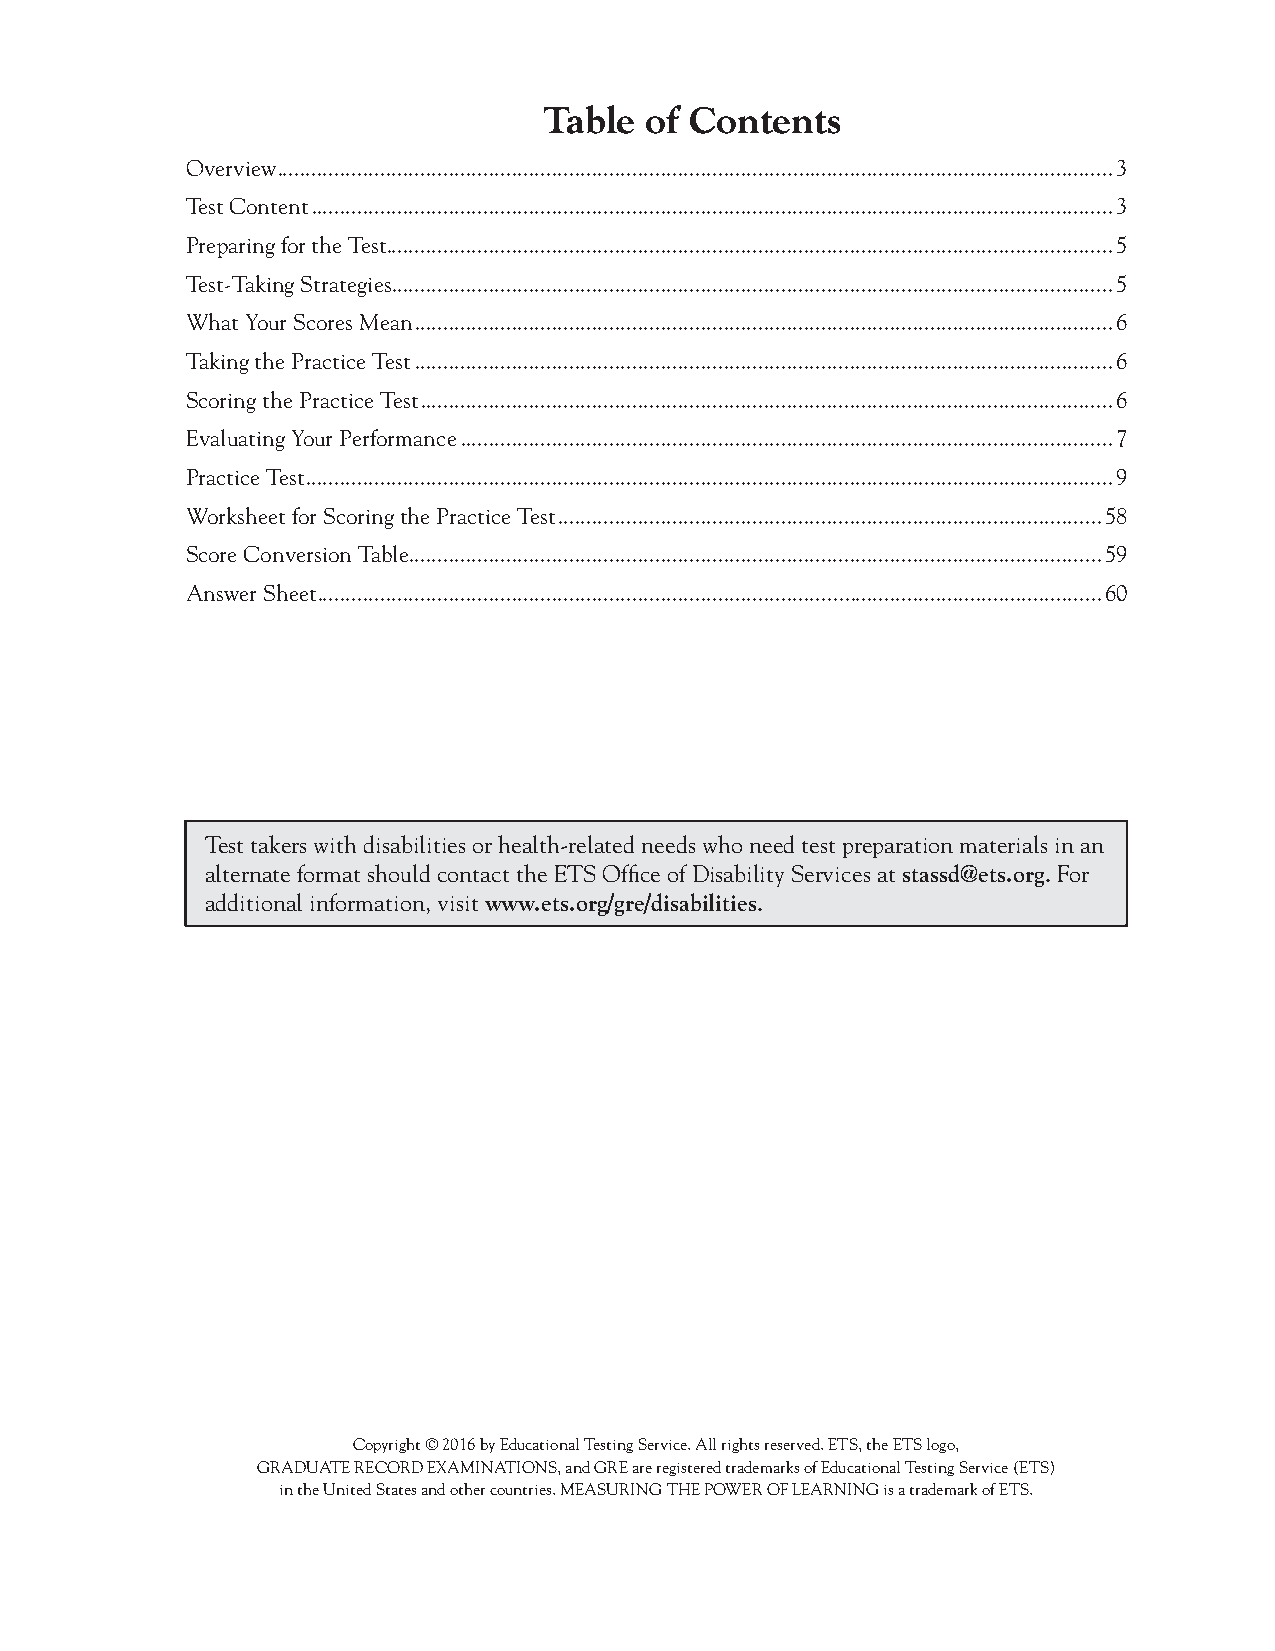
Table  of Contents
 Overview ..................................................................................................................................................3
 Test Content ............................................................................................................................................3
 Preparing for the Test ...............................................................................................................................5
 Test-Taking Strategies ..............................................................................................................................5
 What Your Scores Mean ..........................................................................................................................6
 Taking the Practice Test ..........................................................................................................................6
 Scoring the Practice Test .........................................................................................................................6
 Evaluating Your Performance ..................................................................................................................7
 Practice Test .............................................................................................................................................9
 Worksheet for Scoring the Practice Test ...............................................................................................58
 Score Conversion Table .........................................................................................................................59
 Answer Sheet .........................................................................................................................................60
 Test takers with disabilities or health-related needs who need test preparation materials in an
 alternate format should contact the ETS Office of Disability Services at stassd@ets.org. For
 additional information, visit www.ets.org/gre/disabilities.
 Copyright © 2016 by Educational Testing Service. All rights reserved. ETS, the ETS logo,
 GRADUATE RECORD EXAMINATIONS, and GRE are registered trademarks of Educational Testing Service (ETS)
 in the United States and other countries. MEASURING THE POWER OF LEARNING is a trademark of ETS.
 007884-72507 GRE Biochemistry Test Practice Book • Dr01 4/17/08 ta • Dr02 5/7/08 ta • Dr03 5/20/08 ta • [NEW 108353] • CS6 • Dr01 5/1/15 jw • Dr02
 6/1/15 jw • Dr03 6/11/15 jw • Dr03 int1 6/15/15 jw • Dr04 6/22/15 jw • [New Job] 007884-113203 Drft01 3/22/16 ew • PDF-ACC Drft01 3/28/16 ew